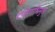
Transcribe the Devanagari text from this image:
दक्षिणभिमुख